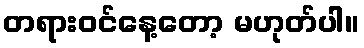
တရားဝင်နေ့တော့ မဟုတ်ပါ။